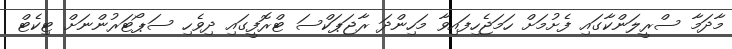
މާދަމާ ސްރީލަންކާގައި ފެށުމަށް ހަމަޖެހިފައިވާ މަހިންދަ ރާޖަޕަކްސަ ޓްރޮފީގައި ދިވެހި ސަޕޯޓަރުންނަށް ޓިކެޓް